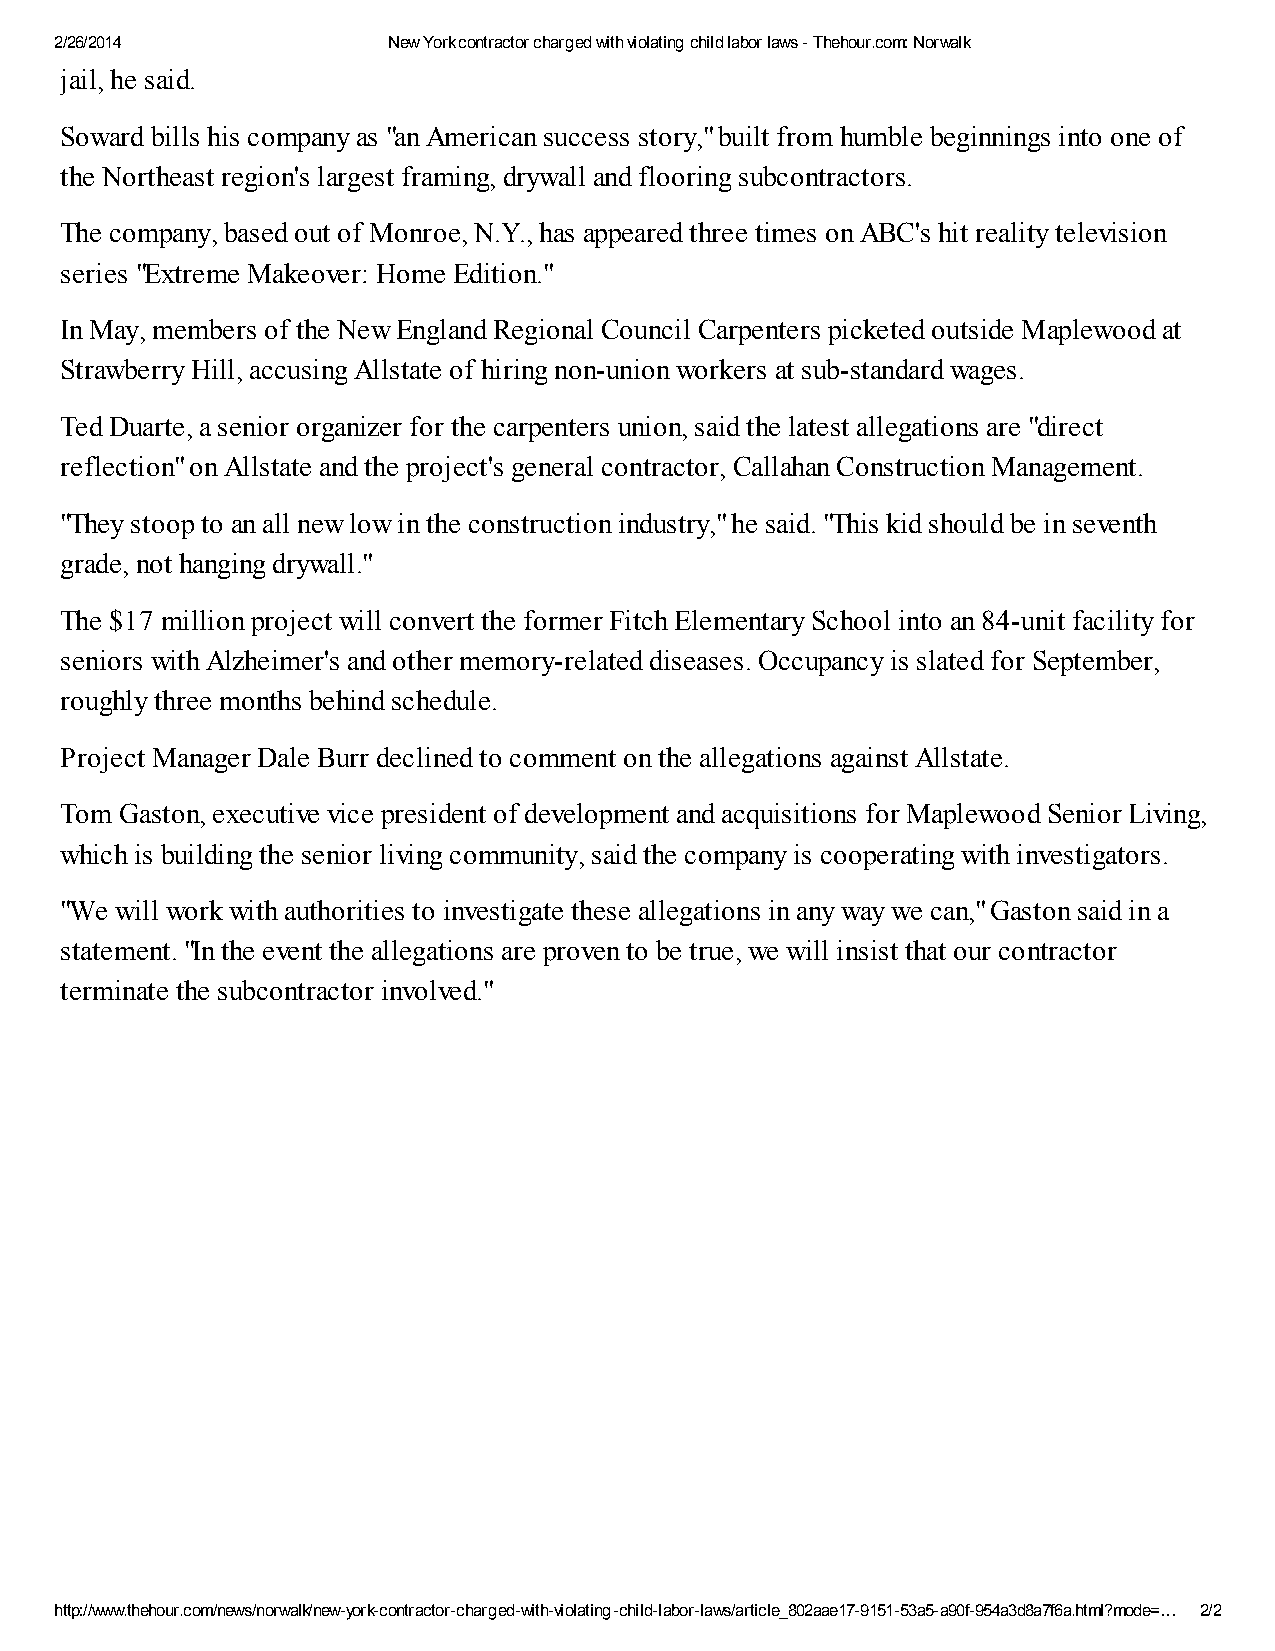
2/26/2014             New York contractor charged with violating child labor laws - Thehour.com: Norwalk
 jail, he said.
 Soward bills his company as "an American success story," built from humble beginnings into one of
 the Northeast region's largest framing, drywall and flooring subcontractors.
 The company, based out of Monroe, N.Y., has appeared three times on ABC's hit reality television
 series "Extreme Makeover: Home Edition."
 In May, members of the New England Regional Council Carpenters picketed outside Maplewood at
 Strawberry Hill, accusing Allstate of hiring non-union workers at sub-standard wages.
 Ted Duarte, a senior organizer for the carpenters union, said the latest allegations are "direct
 reflection" on Allstate and the project's general contractor, Callahan Construction Management.
 "They stoop to an all new low in the construction industry," he said. "This kid should be in seventh
 grade, not hanging drywall."
 The $17 million project will convert the former Fitch Elementary School into an 84-unit facility for
 seniors with Alzheimer's and other memory-related diseases. Occupancy is slated for September,
 roughly three months behind schedule.
 Project Manager Dale Burr declined to comment on the allegations against Allstate.
 Tom Gaston, executive vice president of development and acquisitions for Maplewood Senior Living,
 which is building the senior living community, said the company is cooperating with investigators.
 "We will work with authorities to investigate these allegations in any way we can," Gaston said in a
 statement. "In the event the allegations are proven to be true, we will insist that our contractor
 terminate the subcontractor involved."
 http://www.thehour.com/news/norwalk/new-york-contractor-charged-with-violating-child-labor-laws/article_802aae17-9151-53a5-a90f-954a3d8a7f6a.html?mode=… 2/2